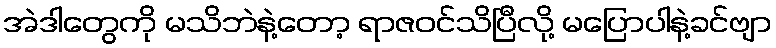
အဲဒါတွေကို မသိဘဲနဲ့တော့ ရာဇဝင်သိပြီလို့ မပြောပါနဲ့ခင်ဗျာ